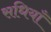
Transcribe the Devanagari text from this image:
सधियाँ